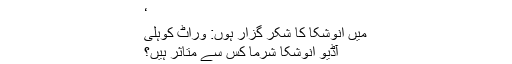
‘
میں انوشکا کا شکر گزار ہوں: وراٹ کوہلی
آڈیو انوشکا شرما کس سے متاثر ہیں؟